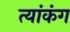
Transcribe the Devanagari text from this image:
त्यांकंग